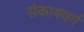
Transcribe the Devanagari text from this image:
संकायवर्ग